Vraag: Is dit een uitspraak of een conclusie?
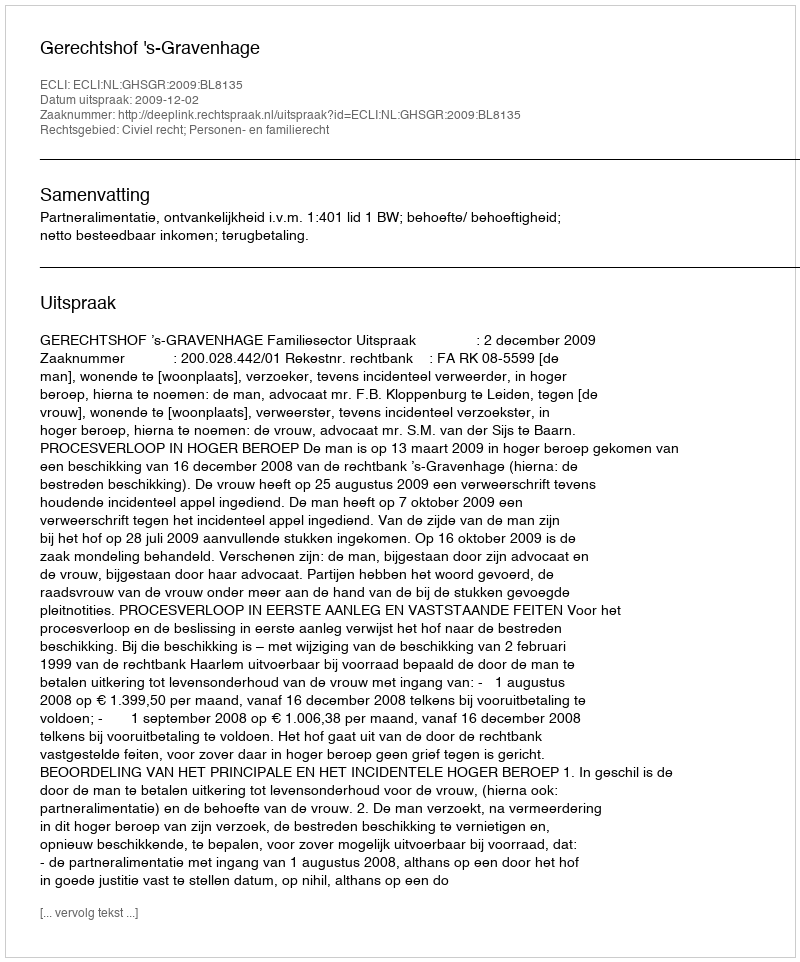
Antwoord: Uitspraak